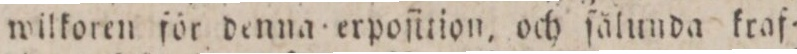
wilkoren för denna erpoſition, och ſälunda kraf=